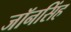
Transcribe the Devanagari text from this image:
जॉनसिंह